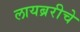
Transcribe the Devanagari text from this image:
लायब्ररीचे